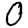
Digit: 0